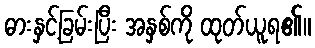
ဓားနှင့်ခြမ်းပြီး အနှစ်ကို ထုတ်ယူရ၏။